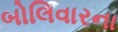
બોલિવારના